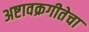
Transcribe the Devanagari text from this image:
अष्टावक्रगीतेचा